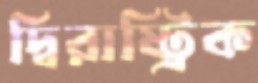
দ্বিরাষ্ট্রিক